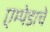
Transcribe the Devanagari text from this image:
एम्पेडाचे